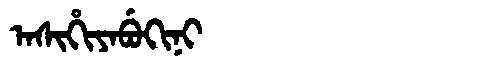
Manchu: ᠠᠰᡳᡥᡳᠶᠠᠪᡠᡴᡳᠨᡳ
Romanization: ASIHIYABUKINI